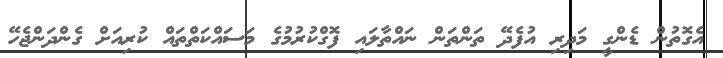
އެގޮތުން ޑެންގީ މަދިރި އުފެދޭ ތަންތަން ނައްތާލައި ފޮގްކުރުމުގެ މަސައްކަތްތައް ކުރިއަށް ގެންދަންޖެހޭ